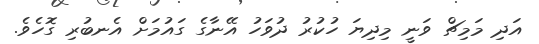
އަދި މަމިޗް ވަނީ މިދިޔަ ހުކުރު ދުވަހު އޭނާގެ ގައުމަށް އެނބުރި ގޮހެވެ.